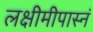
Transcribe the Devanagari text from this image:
लक्षीमीपास्नं